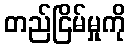
တည်ငြိမ်မှုကို